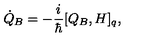
\dot { Q } _ { B } = - \frac { i } { \hbar } [ Q _ { B } , H ] _ { q } ,